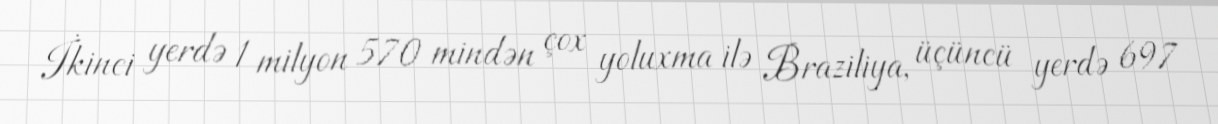
İkinci yerdə 1 milyon 570 mindən çox yoluxma ilə Braziliya, üçüncü yerdə 697